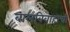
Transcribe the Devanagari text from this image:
बालविवाहाची